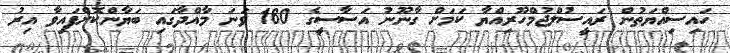
ހައިސިއްޔަތުން ރައީސުލްޖުމްހޫރިއްޔާ ކަމަށް ގާނޫނު އަސާސީގެ 160 ވަނަ މާއްދާގައި ބަޔާންކޮށްފައިވާ އިރު